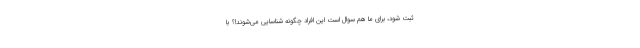
ثبت شود، برای ما هم سوال است این افراد چگونه شناسایی می‌شوند!؟ با